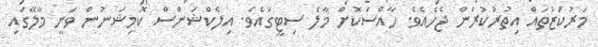
މަރުކަޒުތައް އިތުރުކުރަން ޖެހެއެވެ. ހާއްސަކޮށް މާލެ ސިޓީގައެވެ. އިލެކްޝަންސް ކޮމިޝަނުން ވަނީ މާލޭގައި